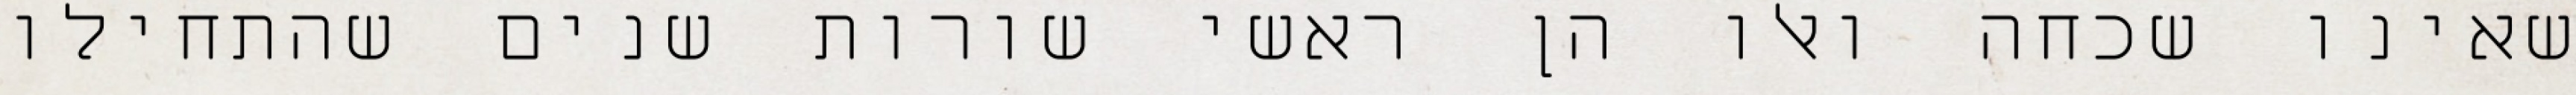
שאינו שכחה ואלו הן ראשי שורות שנים שהתחילו